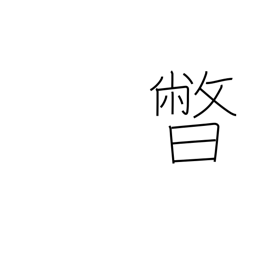
Meaning: setting sun